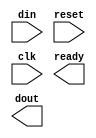
/////////////////////////////////////////////////////////////
// Version   : Q-2019.12
/////////////////////////////////////////////////////////////


module avg ( din, reset, clk, ready, dout );
  input [15:0] din;
  output [15:0] dout;
  input reset, clk;
  output ready;


endmodule